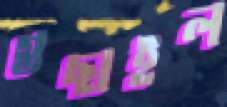
গুছাইল